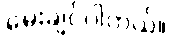
မေးချင်ပါတယ်။